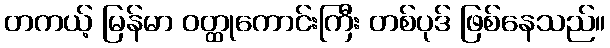
တကယ့် မြန်မာ ဝတ္ထုကောင်းကြီး တစ်ပုဒ် ဖြစ်နေသည်။